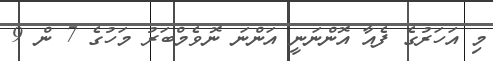
މި އަހަރުގެ ފެއާ އޮންނަނީ އަންނަ ނޮވެމްބަރު މަހުގެ 7 ން 9